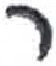
אות: ר